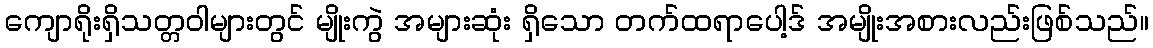
ကျောရိုးရှိသတ္တဝါများတွင် မျိုးကွဲ အများဆုံး ရှိသော တက်ထရာပေါ့ဒ် အမျိုးအစားလည်းဖြစ်သည်။